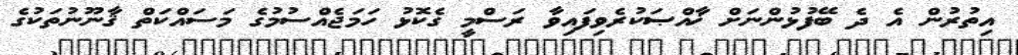
އިތުރުން އެ ދެ ބޭފުޅުންނަށް ޚާއްޞަކުރެވިފައިވާ ރަސްމީ ގެކޮޅު ހަމަޖެއްސުމުގެ މަސައްކަތް ޤާނޫނުތަކުގެ